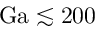
\mathrm { G a } \lesssim 2 0 0